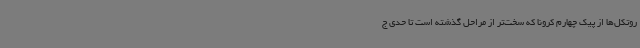
روتکل‌ها از پیک چهارم کرونا که سخت‌تر از مراحل گذشته است تا حدی ج